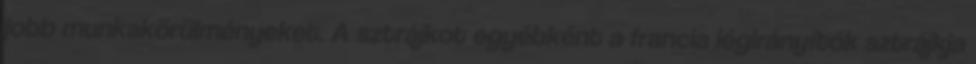
jobb munkakörülményeket. A sztrájkot egyébként a francia légirányítók sztrájkja